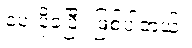
ပေးပို့ခဲ့ပြီး ဖြစ်ပါတယ်။